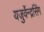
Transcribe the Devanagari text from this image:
यजुर्वेन्द्रसिंग